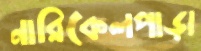
নারিকেলপাড়া